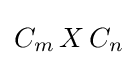
C_{m}\,X\,C_{n}